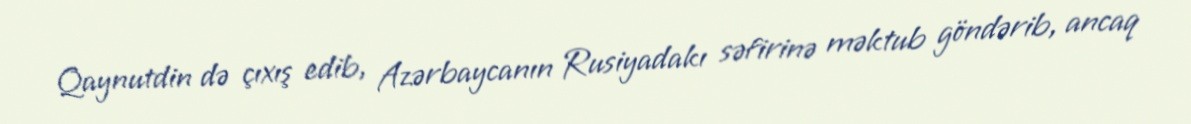
Qaynutdin də çıxış edib, Azərbaycanın Rusiyadakı səfirinə məktub göndərib, ancaq